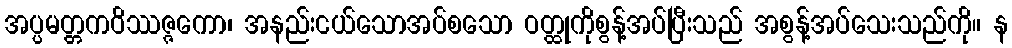
အပ္ပမတ္တကဝိဿဇ္ဇကော၊ အနည်းငယ်သောအပ်စသော ဝတ္ထုကိုစွန့်အပ်ပြီးသည် အစွန့်အပ်သေးသည်ကို။ န